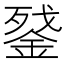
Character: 𰼵